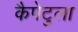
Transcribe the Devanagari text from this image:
कैपेटुला